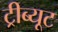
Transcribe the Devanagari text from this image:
ट्रीब्यूट